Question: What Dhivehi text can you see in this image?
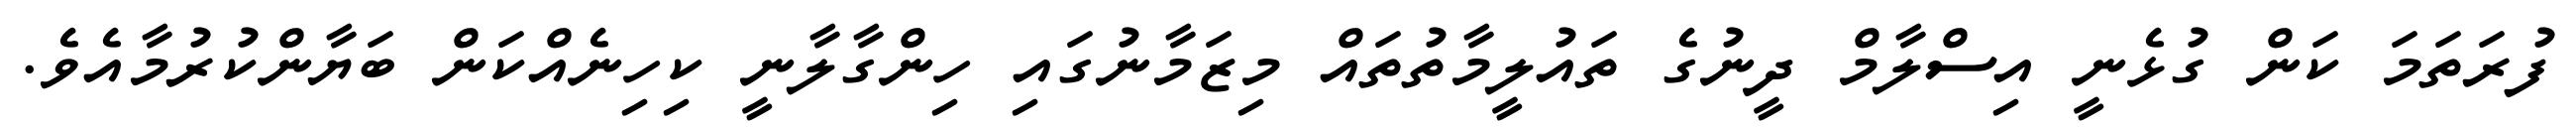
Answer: ފުރަތަމަ ކަން ގުޅެނީ އިސްލާމް ދީނުގެ ތައުލީމާތުތައް މިޒަމާނުގައި ހިންގާލާނީ ކިހިނެއްކަން ބަޔާންކުރުމާއެވެ.